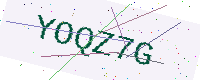
Text: YOQZ7G